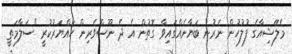
މެލޭޝިއާގެ ފުލުހުން ނެރުނު ބަޔާނެއްގައިވާ ގޮތުން އެ ދެ ނޫސްވެރިން ހައްޔަރުކުރީ "ސަލާމަތީ